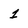
Character: 1